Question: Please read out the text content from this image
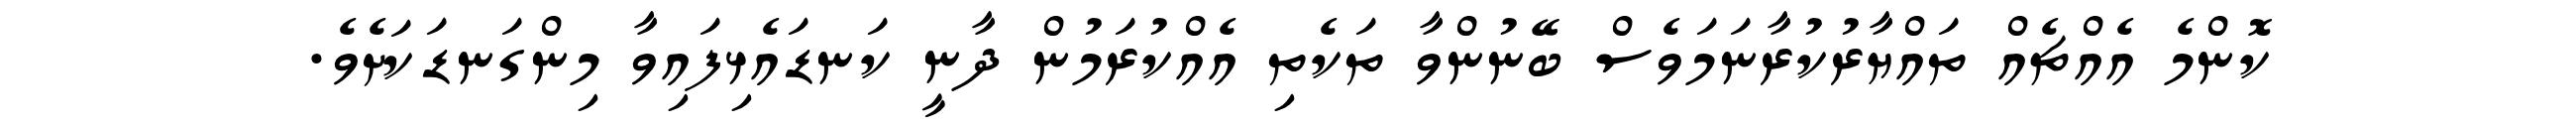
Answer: ކޮންމެ އެއްޗެއް ތައްޔާރުކުރާނަމަވެސް ބޭނުންވާ ތަކެތި އެއްކުރަމުން ދާނީ ކަނޑައެޅިފައިވާ މިންގަނޑަކަށެވެ.